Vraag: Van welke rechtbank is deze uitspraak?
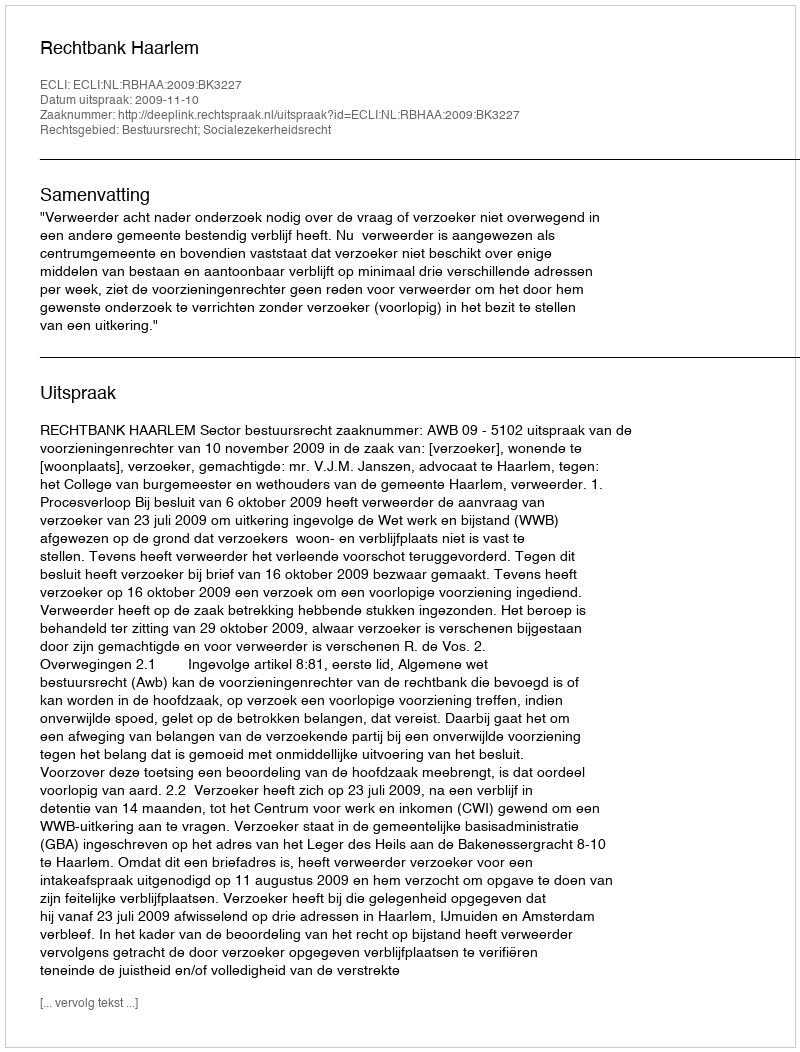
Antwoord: Rechtbank Haarlem